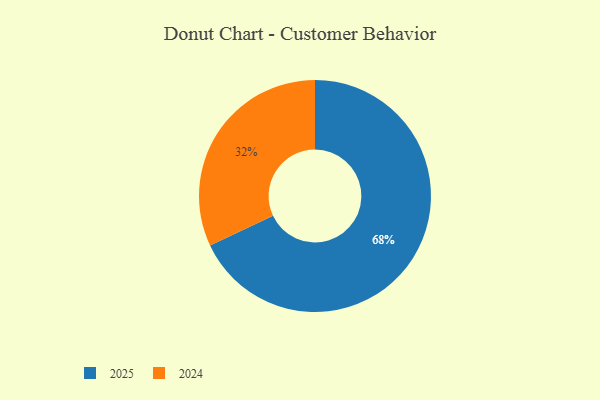
{"axis": {"x": "Category", "y": "Percentage"}, "legend": ["2024", "2025"], "data": [{"x": "2024", "y": 32, "type": "2024"}, {"x": "2025", "y": 68, "type": "2025"}]}